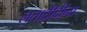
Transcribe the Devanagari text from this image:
लतादीदींना